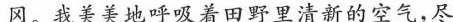
冈。我美美地呼吸着田野里清新的空气，尽